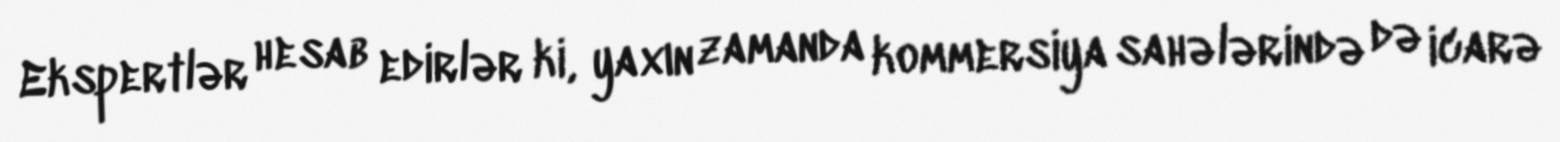
Ekspertlər hesab edirlər ki, yaxın zamanda kommersiya sahələrində də icarə